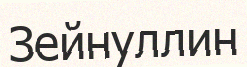
Зейнуллин